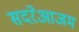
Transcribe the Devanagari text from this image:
सदरेआजम